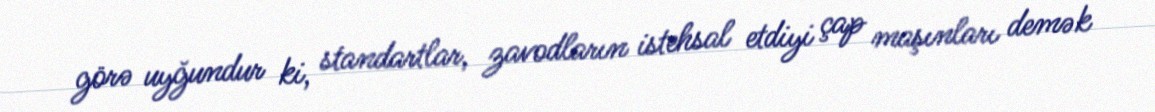
görə uyğundur ki, standartlar, zavodların istehsal etdiyi çap maşınları demək